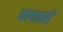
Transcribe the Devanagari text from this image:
काथकरी